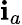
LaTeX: \mathbf{i}_{a}